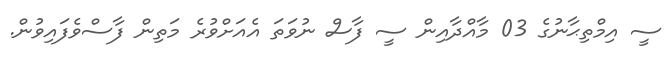
ސީ އިމްތިޙާނުގެ 03 މާއްދާއިން ސީ ފާސް ނުވަތަ އެއަށްވުރެ މަތިން ފާސްވެފައިވުން.